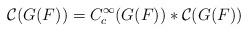
LaTeX: \begin{align*}\displaystyle \mathcal{C}(G(F))=C_c^\infty(G(F))\ast \mathcal{C}(G(F))\end{align*}